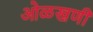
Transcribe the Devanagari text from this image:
ओळखणी